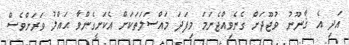
އަދި އެ ޤާނޫނު ވުޖޫދަށް ގެނެވިއްޖެނަމަ މިފަދަ މައްސަލަތަކަށް އެކަށީގެންވާ ޙައްލު ވަރަށްވެސް